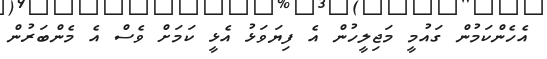
އެހެންކަމުން ގައުމީ މަޖިލީހުން އެ ފިޔަވަޅު އެޅީ ކަމަށް ވެސް އެ މެންބަރުން